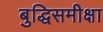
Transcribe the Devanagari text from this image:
बुद्धिसमीक्षा